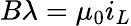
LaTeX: B\lambda=\mu_{0}i_{L}